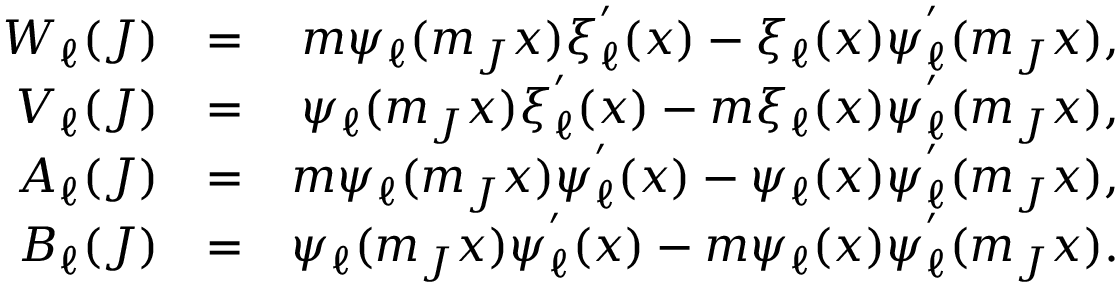
\begin{array} { r l r } { W _ { \ell } ( J ) } & { = } & { m \psi _ { \ell } ( m _ { J } x ) \xi _ { \ell } ^ { ' } ( x ) - \xi _ { \ell } ( x ) \psi _ { \ell } ^ { ' } ( m _ { J } x ) , } \\ { V _ { \ell } ( J ) } & { = } & { \psi _ { \ell } ( m _ { J } x ) \xi _ { \ell } ^ { ' } ( x ) - m \xi _ { \ell } ( x ) \psi _ { \ell } ^ { ' } ( m _ { J } x ) , } \\ { A _ { \ell } ( J ) } & { = } & { m \psi _ { \ell } ( m _ { J } x ) \psi _ { \ell } ^ { ' } ( x ) - \psi _ { \ell } ( x ) \psi _ { \ell } ^ { ' } ( m _ { J } x ) , } \\ { B _ { \ell } ( J ) } & { = } & { \psi _ { \ell } ( m _ { J } x ) \psi _ { \ell } ^ { ' } ( x ) - m \psi _ { \ell } ( x ) \psi _ { \ell } ^ { ' } ( m _ { J } x ) . } \end{array}